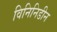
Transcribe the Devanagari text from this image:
विनिनिडीन